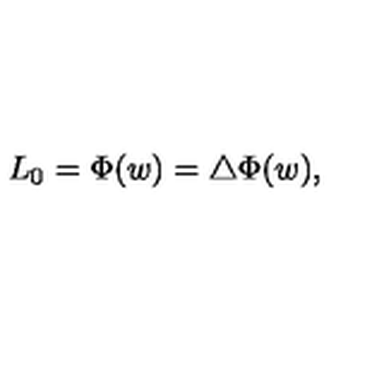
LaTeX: L _ { 0 } = \Phi ( w ) = \bigtriangleup \Phi ( w ) ,